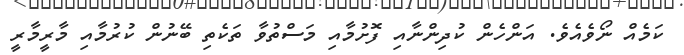
ކަމެއް ނޯވެއެވެ. އަންހެން ކުދިންނާއި ފޮށުމާއި މަސްތުވާ ތަކެތި ބޭނުން ކުރުމާއި މާރީމާރީ